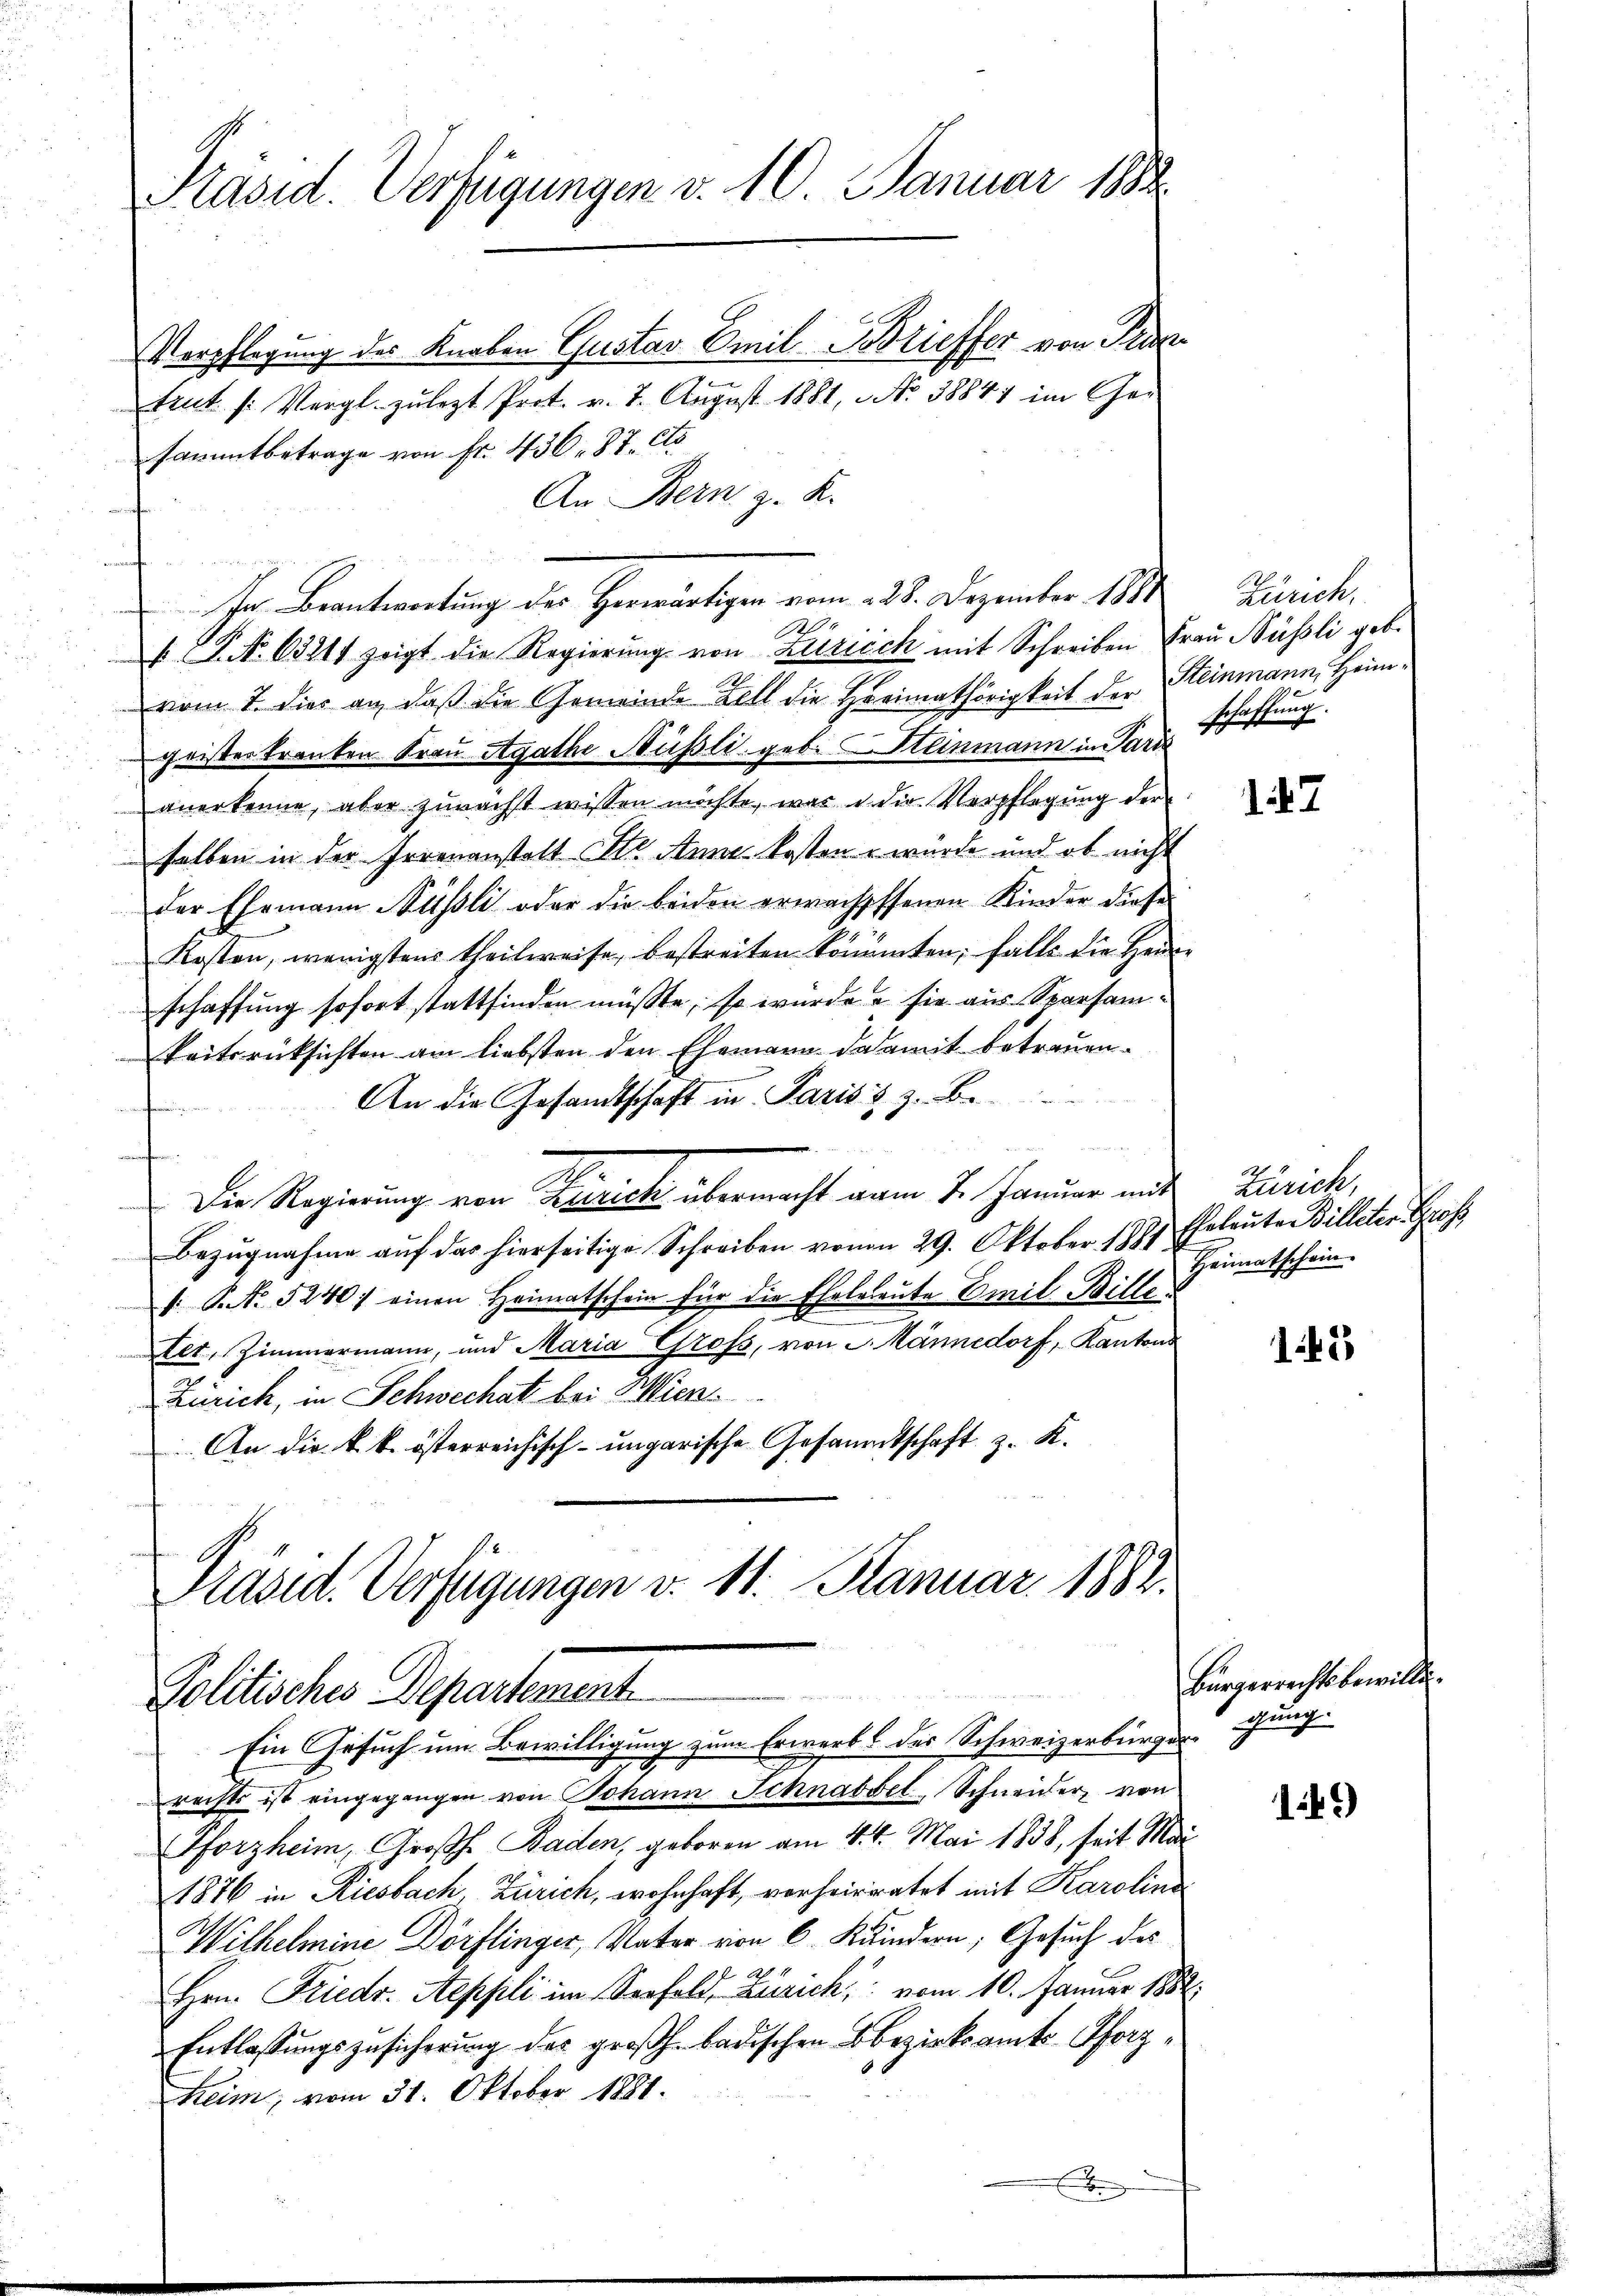
Präsid. Verfügungen v. 10. Januar 1882.

Verpflegung des Knaben Gustav Emil Brieffer von Prax
tent /: Vergl. zulezt Prot. v. 7. August 1881, Nr. 38847 im Ger
sammtbetrage von fr. 436. 87. Cts.
An Bern, z. K.
er Beantwortung der Herwärtigen vom 225. Dezember 1884 Zürich,
20
 P. Nr. 63211 zeigt die Regierŭng von Zürich mit Schreiben Fraŭ Nüssli geb.
vom 7. dies an, daß die Gemeinde Zell die Heimathörigkeit der Steinmann, Heimgeisterkranken Frau Agathe Nüssli, geb. Steinmann in Tauschaffung.
anerkenne, aber zunächst wissen möchte, was u. die Verpflegung der
selben in der Irrenanstalt St. Anna kosten u würde und ob nicht
der Ehemann Nüssli oder die beiden erwachsessenen Kinder diese
Kosten, wenigstens theilweise, bestreiten könnten; falls die Hein
schaffung sofort stattfinden müßte, so wurde e sie aus Sparsamkeitsrücksichten am liebsten den Ehemann da damit betreuen.
An die Gesandtschaft in Pariss z. B.
.
Die Regierung von Zürich übermacht vom 7. Januar mit Zürich,
Bezŭgnahme aŭf das hierseitige Schreiben vonen 29. Oktober 1891 Eheleute Billeter Groß
. P. No. 5240: einen Heimatschein für die Eheleleute Emil Bille
.
Elt, Zimmermann, und Maria Grofs, von 2. Männedorf, Kantons
Zürich, in Schwechatz bei Wien.
An die k. k. österreichisch-ungarische Gesammtschaft z. K.

Präsid. Verfügungen v. 11. Januar 1882.
s
Politisches Departement

Ein Gesuch um Bewilligung zum Erwerb des Schweizerbürgergung
rechts ist eingegangen von Johann Schnabsel-Schneider, von
Pforzheim, Großh. Baden, geboren am 4. 4. Mai 1838, seit Mar¬
1876 in Riesbach, Zürich, wohnhaft, verheiratet mit Karolina
Wilhelmine Dörflinger, Vater von 6 Kindern, Gesuch des
Hrn. Friedr. Aeppli im Seefeld, Zürich, vom 10. Januar 1888
Entlassungszusicherung des großh. badischen Bezirksamts-Pforzheim, vom 31. Oktober 1881.
.

187

Heimatschein.

142

Bürgerrechtsbewill.

149)